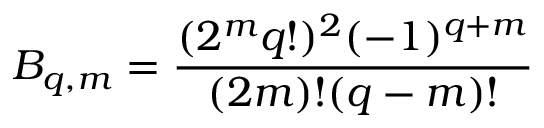
B _ { q , m } = \frac { ( 2 ^ { m } q ! ) ^ { 2 } ( - 1 ) ^ { q + m } } { ( 2 m ) ! ( q - m ) ! }